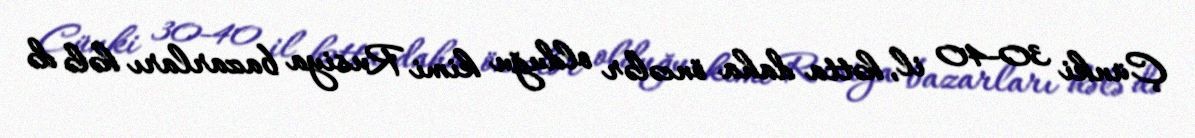
Çünki 30-40 il, hətta daha öncələr olduğu kimi Rusiya bazarları hələ də